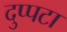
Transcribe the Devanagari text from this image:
दुप्पटा